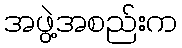
အဖွဲ့အစည်းက